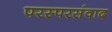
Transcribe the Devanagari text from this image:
परस्परसंवाद